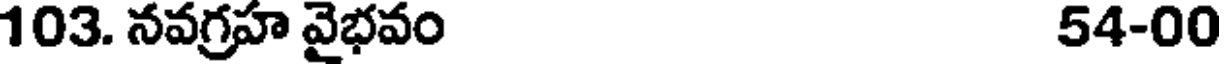
103. నవగ్రహ వైభవం 54-00